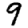
Digit: 9